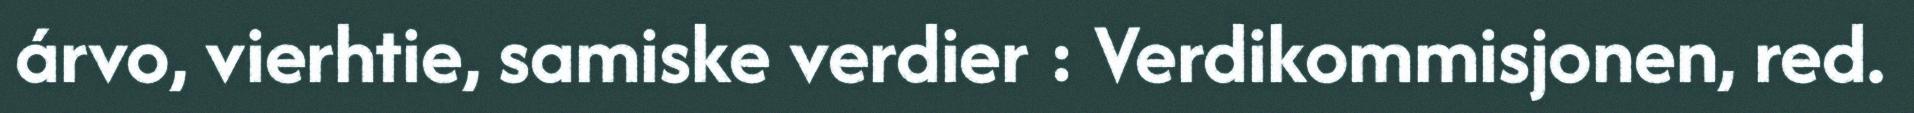
árvo, vierhtie, samiske verdier : Verdikommisjonen, red.